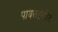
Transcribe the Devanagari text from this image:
पायलटरहित